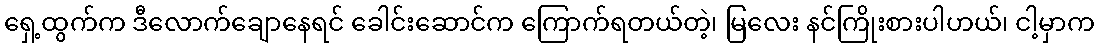
ရှေ့ထွက်က ဒီလောက်ချောနေရင် ခေါင်းဆောင်က ကြောက်ရတယ်တဲ့၊ မြလေး နင်ကြိုးစားပါဟယ်၊ ငါ့မှာက